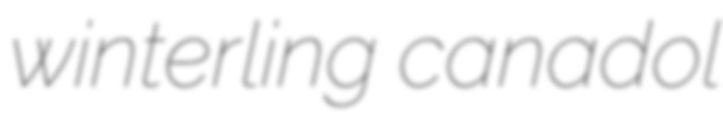
winterling canadol